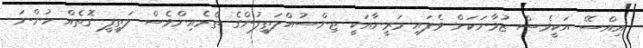
އިއްސޭ އަކީވެސް ޒުވާނަކަށް ވެފައި މަރީނާއަކީ ޖިންސުއްލަތީފުންގެ ތެރެއިންވެސް ލަތީފީ ގޮތެއް ހުންނަ